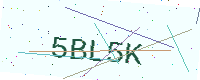
Text: 5BL5K